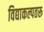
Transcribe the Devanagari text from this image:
विद्याकल्पतरू